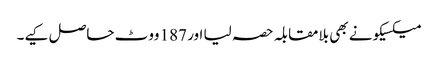
میکسیکو نے بھی بلامقابلہ حصہ لیا اور 187 ووٹ حاصل کیے۔